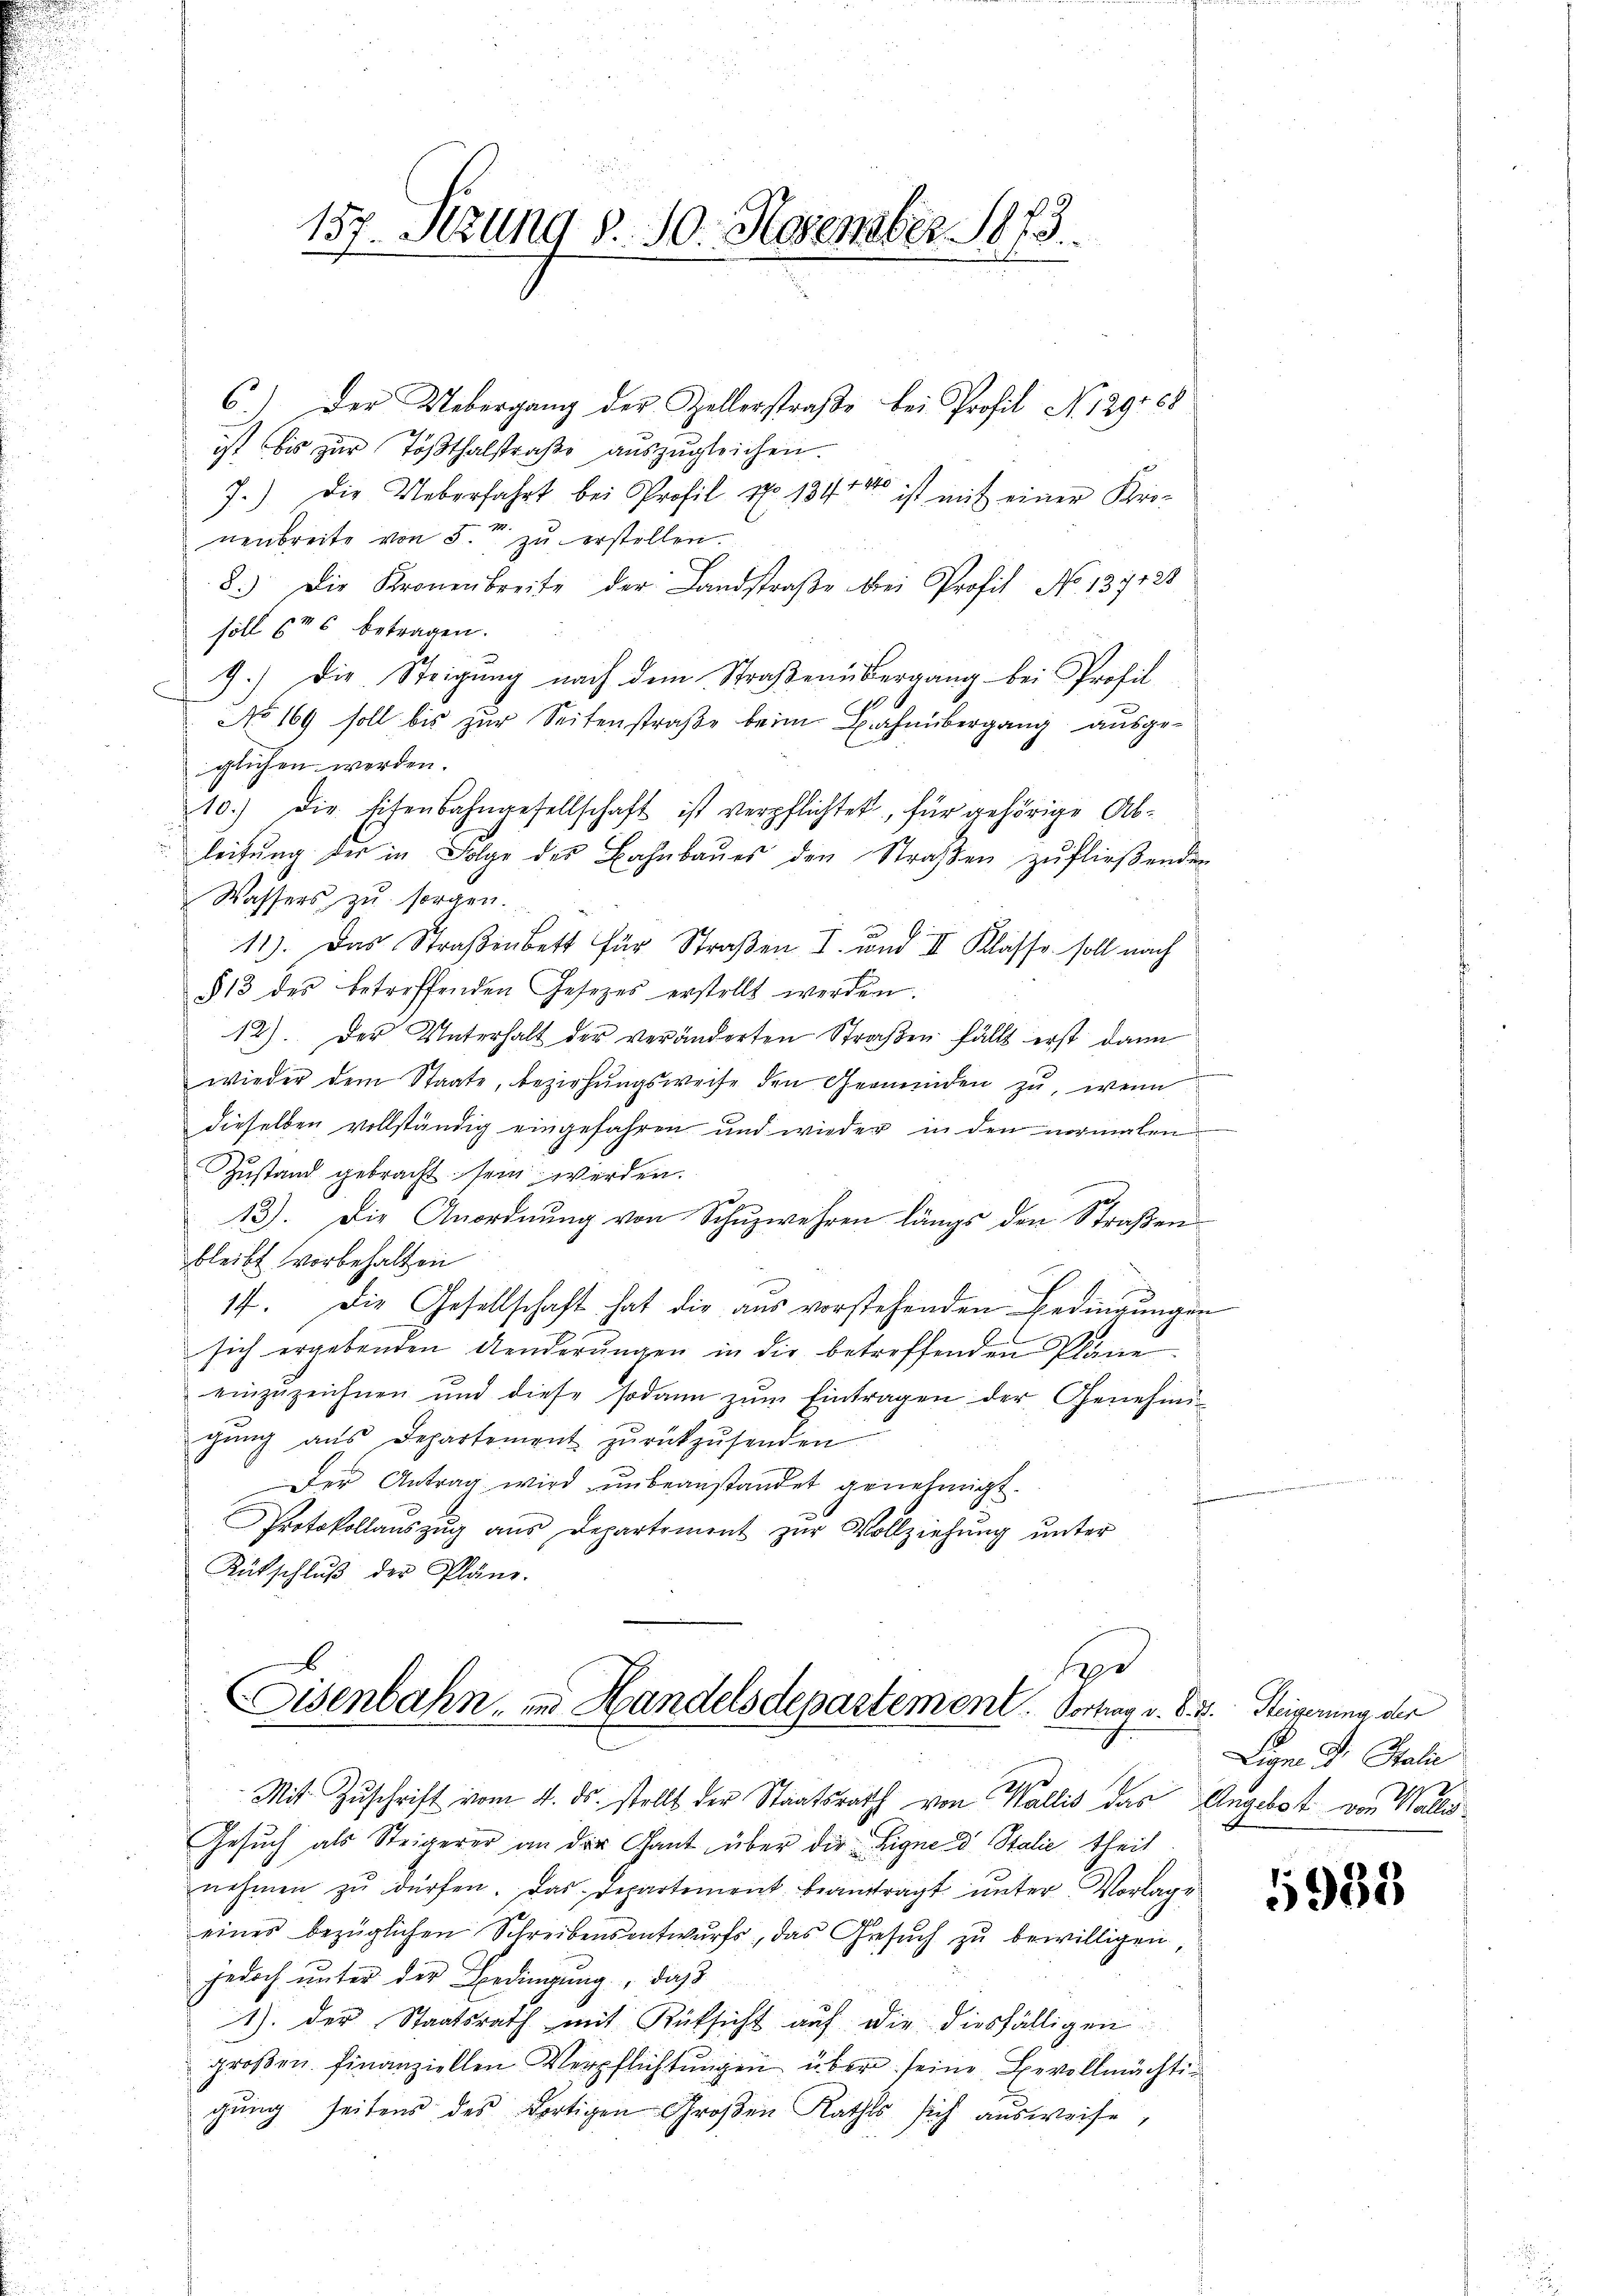
157. Setzung d. 10. November 1873.

6.) Der Uebergang der Zellerstraβe bei Profil No 129168
ist bis zur Tößthalstraße auszugleichen.
7.) Die Ueberfahrt bei Profil No 134 ist mit einer Uri-
nenbreite von 5. zu erstellen.
8.) Die Kronenbreite der Landstraβe bei Profit No 137128
söll 626 betragen.
9.) Die Steigung nach dem Straßenübergang bei Profil
No 169 soll bis zur Seitenstraße beim Bahnübergang ausgeglichen werden.
10.) Die Eisenbahngesellschaft ist verpflichtet, für gehörige Ab-
leitung der in Folge des Bahnbaues den Straßen zufließenden
Wassers zu sorgen.
11). Das Straßenbett für Straßen I. und II Klasse soll nach
§ 13 des betreffenden Gesetzes erstellt werden.
12). Der Unterhalt der veränderten Straßen fällt erst dann
wieder dem Staate, beziehŭngsweise den Gemeinden zŭ, wenn
dieselben vollständig eingefahren und wieder in den normalen
Zustand gebracht sein werden.
13). Die Anordnŭng von Schŭzwehren längs den Straßen
bleibt vorbehalten
17. Die Gesellschaft hat die aus vorstehenden Bedingungen
sich ergebenden Aenderŭngen in die betreffenden Pläne
einzŭzeichnen und diese sodann zŭm Eintragen der Genehmi-
gŭng aus Departement zŭrückzŭsenden
Der Antrag wird ŭnbeanstandet genehmigt.
Protokollaŭszŭg ans Departement zŭr Vollziehŭng ŭnter
Rütschluß der Pläne.

se
Eisenbahn, in Handelsdepartement. Vortrag v. d. 4. Steigerung der

Mit Zuschrift vom 4. ds. stellt der Staatsrath von Wallis das Angebot von Wallis¬
Gesuch als Steigerer an der Gant über die Eigne d Stalie theil
nehmen zŭ dürfen. Das Departement beantragt ŭnter Vorlage
eines bezüglichen Schreibensentwŭrfs, das Gesŭch zŭ bewilligen,
jedoch unter der Bedingung, daß
1). Der Staatsrath mit Rücksicht auf die diesfälligen
groβen finanziellen Verpflichtungen über seine Bevollmächtigung seitens des dortigen Großen Rathes sich ausweise,

Lign. Dr. Stali

5983